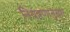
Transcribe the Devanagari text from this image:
नियंत्रणानुसार